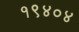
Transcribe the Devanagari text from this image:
१९४०४